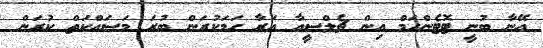
އޭނާ ބުނީ ޓޮޓެންހަމް އިން ޗެލްސީއާ އަރާ ހަމަކުރަން ބުރަ މަސައްކަތް ކުރަން